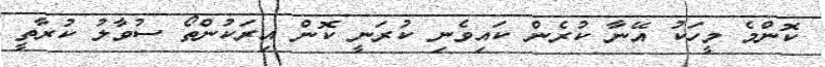
ކޮންމެ މީހަކު އޭނާ ކުރެން ކައިވެނި ކުރަނީ ކޮން އިރަކުންތޯ ސުވާލު ކުރާތީ